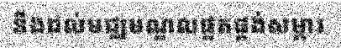
នឹងដល់មជ្ឈមណ្ឌលផ្គតផ្គង់សម្ភារ